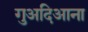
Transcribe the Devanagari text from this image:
गुअदिआना